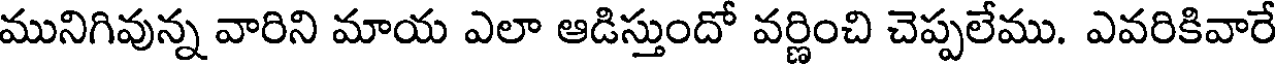
మునిగివున్న వారిని మాయ ఎలా ఆడిస్తుందో వర్ణించి చెప్పలేము. ఎవరికివారే